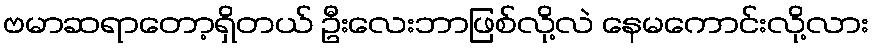
ဗမာဆရာတော့ရှိတယ် ဦးလေးဘာဖြစ်လို့လဲ နေမကောင်းလို့လား